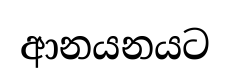
ආනයනයට